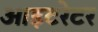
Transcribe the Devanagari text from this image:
आइटरेटर